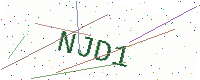
Text: NJD1